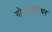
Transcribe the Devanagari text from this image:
गोल्डफ्लेचर